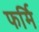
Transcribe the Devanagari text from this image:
फर्मि